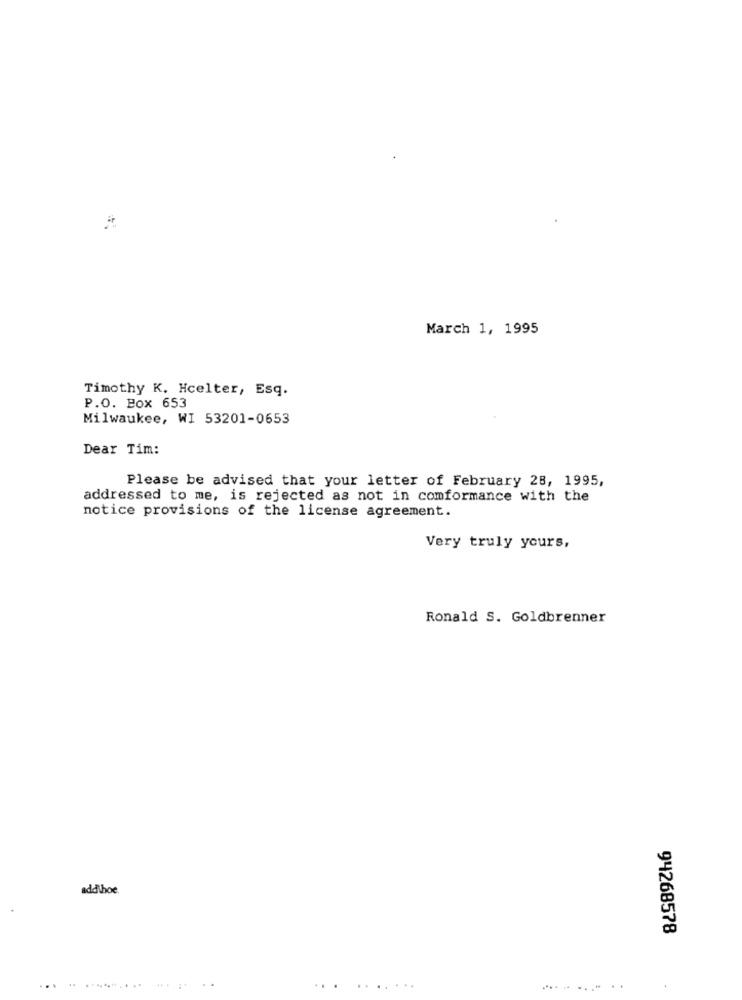
March 1, 1995
Timothy K. Hcelter, Esq.
P.O. Box 653
Milwaukee, WI 53201-0653
Dear Tim:
Please be advised that your letter of February 28, 1995,
addressed to me, is rejected as not in comformance with the
notice provisions of the license agreement.
Very truly yours,
Ronald S. Goldbrenner
add.hoe.
94268578
. . ..
...
......